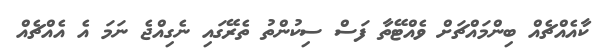
ކާއެއްޗެއް ބިންމައްޗަށް ވެއްޓޭތާ ފަސް ސިކުންތު ތެރޭގައި ނެގިއްޖެ ނަމަ އެ އެއްޗެއް